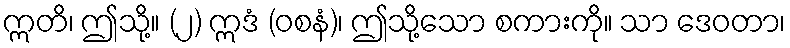
ဣတိ၊ ဤသို့။ (၂) ဣဒံ (ဝစနံ)၊ ဤသို့သော စကားကို။ သာ ဒေဝတာ၊